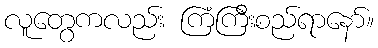
လူတွေကလည်း ကြံကြီးစည်ရာနော်။